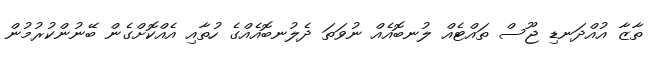
ތާޒާ އުއްދަނޑި ޖޫސް ތައްޓެއް ލުނބޮއެއް ނުވަތަ ދެލުނބޮއެއްގެ ހުތާއި އެއްކޮށްގެން ބޭނުންކުރުމުން